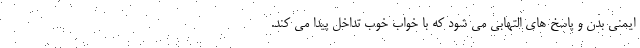
ایمنی بدن و پاسخ های التهابی می شود که با خواب خوب تداخل پیدا می کند.